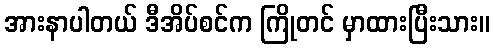
အားနာပါတယ် ဒီအိပ်စင်က ကြိုတင် မှာထားပြီးသား။